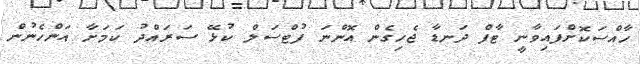
ހާއްސަކޮށްފައިވާނީ ޓާފް ދަނޑާ ޖެހިގެން އޮންނަ ފުޓްސަލް ކުޅޭ ސަރައްދު ކަމަށާ އަންހެނުން